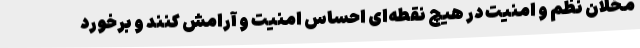
مخلان نظم و امنیت در هیچ نقطه‌ای احساس امنیت و آرامش کنند و برخورد